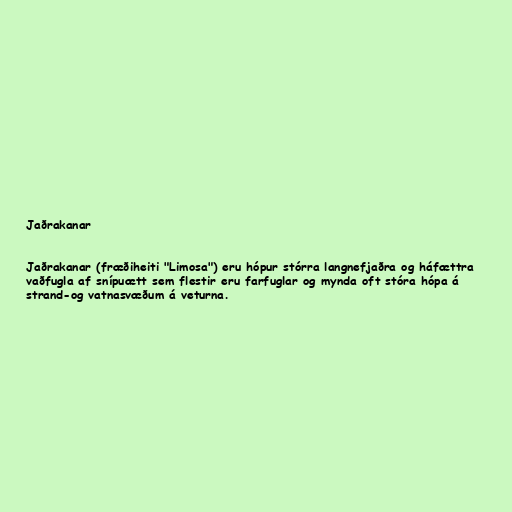
Jaðrakanar

Jaðrakanar (fræðiheiti "Limosa") eru hópur stórra langnefjaðra og háfættra
vaðfugla af snípuætt sem flestir eru farfuglar og mynda oft stóra hópa á
strand-og vatnasvæðum á veturna.